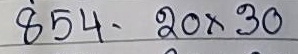
854 - 20 x 30